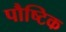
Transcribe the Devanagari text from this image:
पौष्‍िटक